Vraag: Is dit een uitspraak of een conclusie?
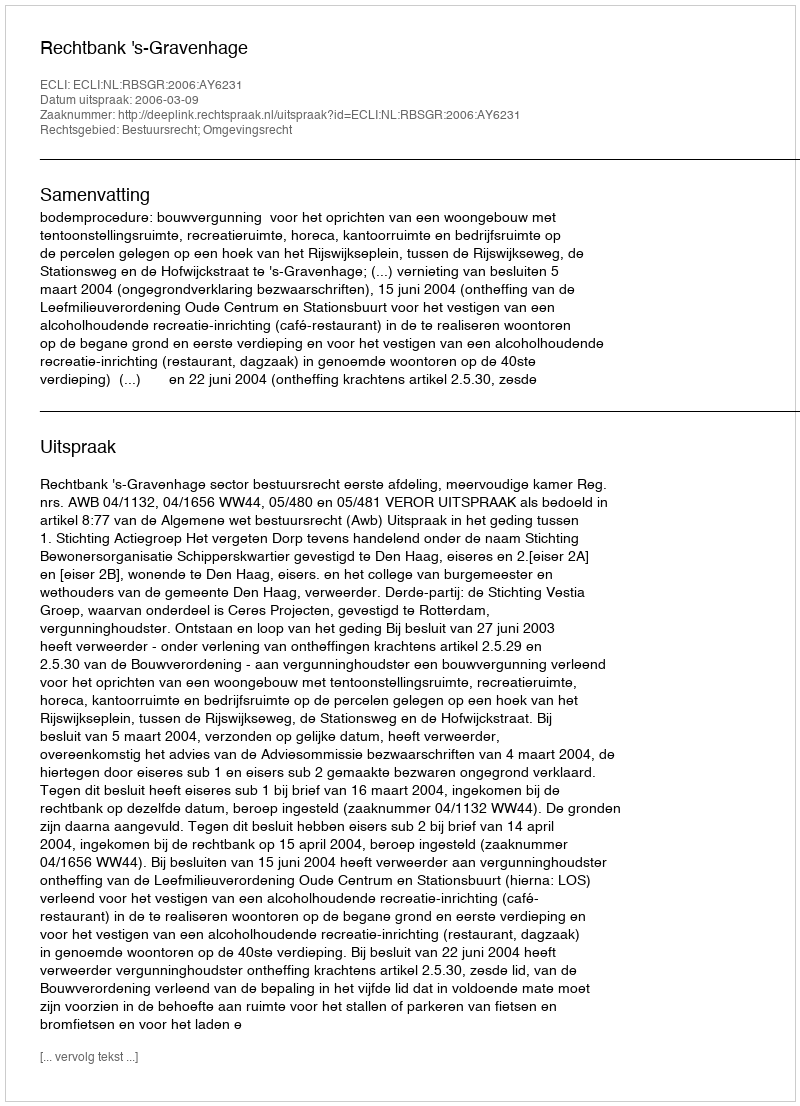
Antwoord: Uitspraak